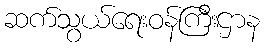
ဆက်သွယ်ရေးဝန်ကြီးဌာန